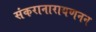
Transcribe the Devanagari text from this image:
संकरानारायणनन